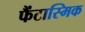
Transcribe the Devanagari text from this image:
फैंटास्मिक